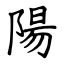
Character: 陽